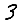
Digit: 3